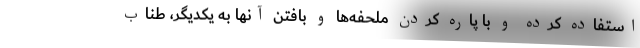
استفاده کرده و با پاره کردن ملحفه‌ها و بافتن آنها به یکدیگر، طناب